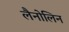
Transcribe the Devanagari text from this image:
लैनोलिन